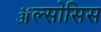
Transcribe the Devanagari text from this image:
ॲल्सोसिस